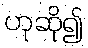
ဟုဆို၍